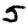
Digit: 5